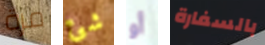
مرة شئ أو بالسفارة